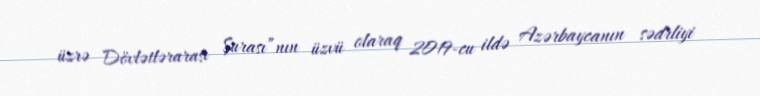
üzrə Dövlətlərarası Şurası”nın üzvü olaraq 2019-cu ildə Azərbaycanın sədrliyi